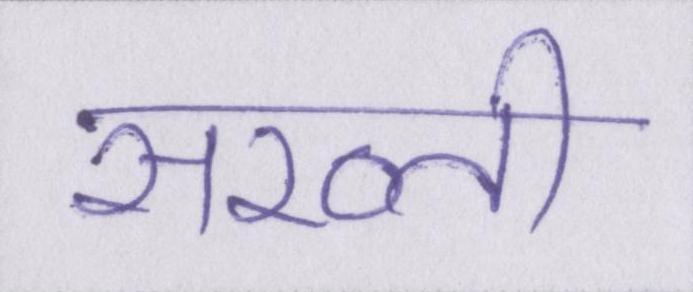
सख्ती